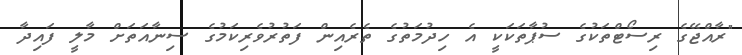
"ރާއްޖޭގެ ރިސޯޓްތަކުގެ ސުޕާތަކަކީ އެ ހިދުމަތުގެ ތެރެއިން ފަތުރުވެރިކަމުގެ ސިނާއަތަށް މާލީ ފައިދާ